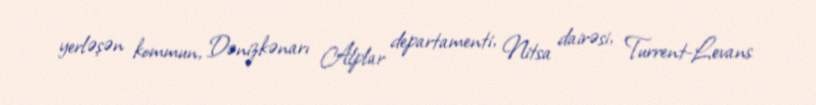
yerləşən kommun, Dənizkənarı Alplar departamenti, Nitsa dairəsi, Turrent-Levans